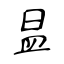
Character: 昷